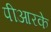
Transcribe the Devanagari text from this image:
पीआरके